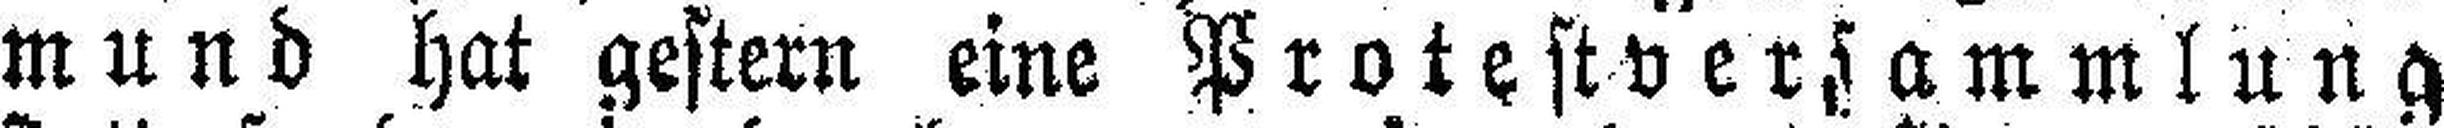
mund hat gestern eine Protestversammlung